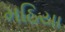
મઠિયા